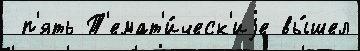
 п'ять Т'емат'и́ческ'иjе вы́шел